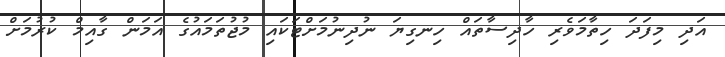
އަދި މިފަދަ ހިތާމަވެރި ހާދިސާތައް ހިނގިޔަ ނުދިނުމަށްޓަކައި މުޖުތަމައުގެ އަމަން ގާއިމް ކުރުމަށް